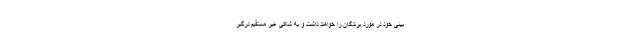
بینی خود در مورد برندگان را خواهند داشت و به شکلی غیر مستقیم درگیر